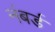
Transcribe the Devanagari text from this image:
नंबर्ड